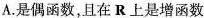
A.是偶函数，且在R上是增函数